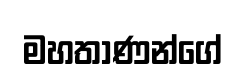
මහතාණන්ගේ